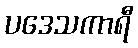
ပဒေသကာရီ